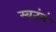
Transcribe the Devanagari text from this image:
स्वतंत्रं